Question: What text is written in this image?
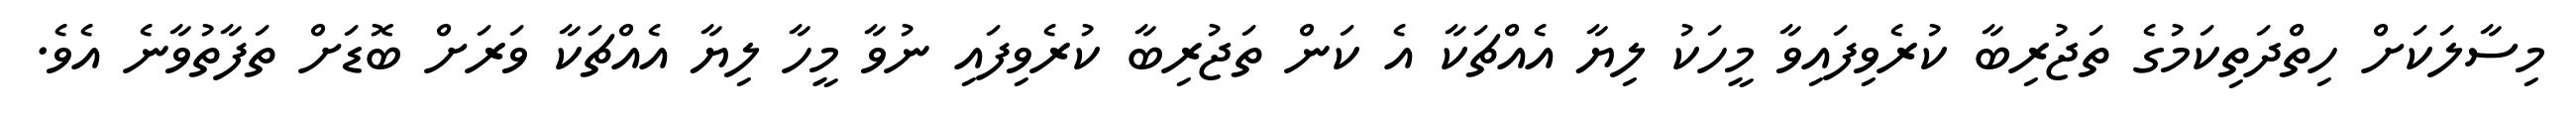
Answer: މިސާލަކަށް ހިތްދަތިކަމުގެ ތަޖުރިބާ ކުރެވިފައިވާ މީހަކު ލިޔާ އެއްޗަކާ އެ ކަން ތަޖުރިބާ ކުރެވިފައި ނުވާ މީހާ ލިޔާ އެއްޗަކާ ވަރަށް ބޮޑަށް ތަފާތުވާނެ އެވެ.